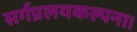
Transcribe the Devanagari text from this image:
सर्गप्रलयकल्पना।